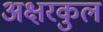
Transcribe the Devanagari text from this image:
अक्षरकुल